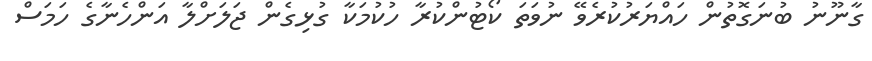
ގާނޫނު ބުނަގޮތުން ހައްޔަރުކުރެވޭ ނުވަތަ ކޯޓުންކުރާ ހުކުމަކާ ގުޅިގެން ޖަލަށްލާ އަންހެނާގެ ހަމަސް